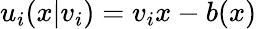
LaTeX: u_{i}(x|v_{i})=v_{i}x-b(x)